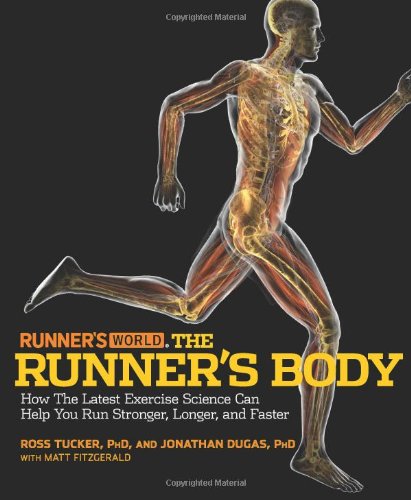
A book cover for Runner's World The Runner's Body: How the Latest Exercise Science Can Help You Run Stronger, Longer, and Faster; Ross Tucker; Sports & Outdoors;